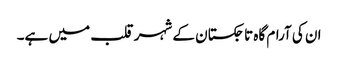
ان کی آرام گاہ تاجکستان کے شہر قلب میں ہے۔